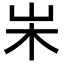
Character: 𡵬